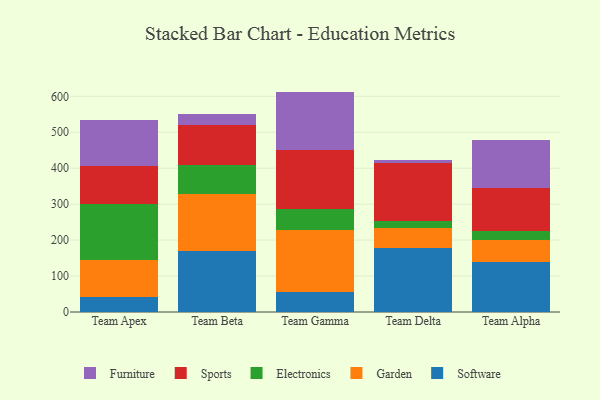
{"axis": {"x": "Team", "y": "Humidity (%)"}, "legend": ["Electronics", "Furniture", "Garden", "Software", "Sports"], "data": [{"x": "Team Apex", "y": 41.9, "type": "Software"}, {"x": "Team Apex", "y": 103.2, "type": "Garden"}, {"x": "Team Apex", "y": 155.8, "type": "Electronics"}, {"x": "Team Apex", "y": 105.3, "type": "Sports"}, {"x": "Team Apex", "y": 126.6, "type": "Furniture"}, {"x": "Team Beta", "y": 170.4, "type": "Software"}, {"x": "Team Beta", "y": 157.2, "type": "Garden"}, {"x": "Team Beta", "y": 80.4, "type": "Electronics"}, {"x": "Team Beta", "y": 111.5, "type": "Sports"}, {"x": "Team Beta", "y": 32.3, "type": "Furniture"}, {"x": "Team Gamma", "y": 54.5, "type": "Software"}, {"x": "Team Gamma", "y": 173.9, "type": "Garden"}, {"x": "Team Gamma", "y": 59.3, "type": "Electronics"}, {"x": "Team Gamma", "y": 163.9, "type": "Sports"}, {"x": "Team Gamma", "y": 161.5, "type": "Furniture"}, {"x": "Team Delta", "y": 176.7, "type": "Software"}, {"x": "Team Delta", "y": 56.9, "type": "Garden"}, {"x": "Team Delta", "y": 20.8, "type": "Electronics"}, {"x": "Team Delta", "y": 160.4, "type": "Sports"}, {"x": "Team Delta", "y": 7.2, "type": "Furniture"}, {"x": "Team Alpha", "y": 139.2, "type": "Software"}, {"x": "Team Alpha", "y": 62.0, "type": "Garden"}, {"x": "Team Alpha", "y": 23.2, "type": "Electronics"}, {"x": "Team Alpha", "y": 119.3, "type": "Sports"}, {"x": "Team Alpha", "y": 134.9, "type": "Furniture"}]}